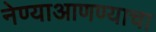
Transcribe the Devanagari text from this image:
नेण्याआणण्याचा